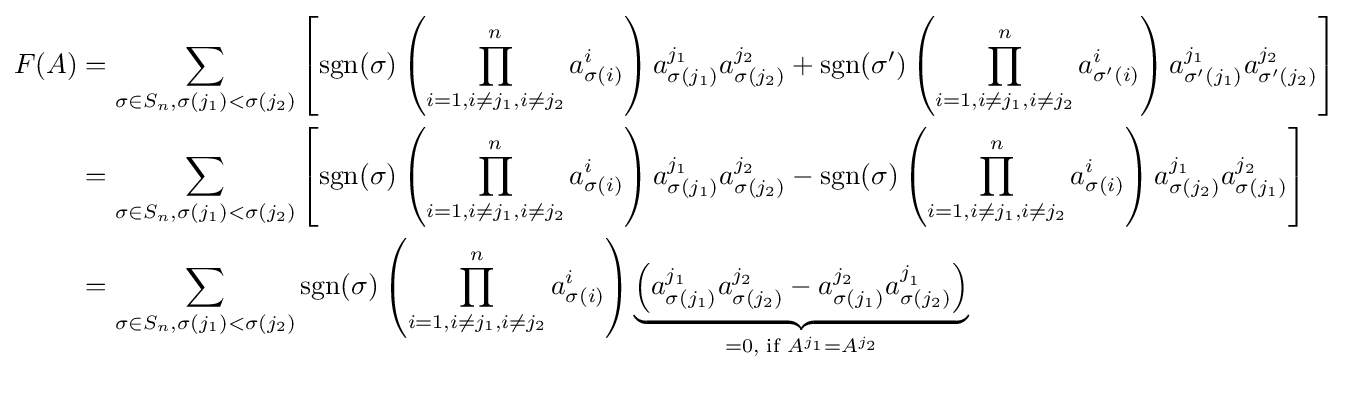
{\begin{aligned}F(A)&=\sum _{\sigma \in S_{n},\sigma (j_{1})<\sigma (j_{2})}\left[\operatorname {sgn} (\sigma )\left(\prod _{i=1,i\neq j_{1},i\neq j_{2}}^{n}a_{\sigma (i)}^{i}\right)a_{\sigma (j_{1})}^{j_{1}}a_{\sigma (j_{2})}^{j_{2}}+\operatorname {sgn} (\sigma ')\left(\prod _{i=1,i\neq j_{1},i\neq j_{2}}^{n}a_{\sigma '(i)}^{i}\right)a_{\sigma '(j_{1})}^{j_{1}}a_{\sigma '(j_{2})}^{j_{2}}\right]\\&=\sum _{\sigma \in S_{n},\sigma (j_{1})<\sigma (j_{2})}\left[\operatorname {sgn} (\sigma )\left(\prod _{i=1,i\neq j_{1},i\neq j_{2}}^{n}a_{\sigma (i)}^{i}\right)a_{\sigma (j_{1})}^{j_{1}}a_{\sigma (j_{2})}^{j_{2}}-\operatorname {sgn} (\sigma )\left(\prod _{i=1,i\neq j_{1},i\neq j_{2}}^{n}a_{\sigma (i)}^{i}\right)a_{\sigma (j_{2})}^{j_{1}}a_{\sigma (j_{1})}^{j_{2}}\right]\\&=\sum _{\sigma \in S_{n},\sigma (j_{1})<\sigma (j_{2})}\operatorname {sgn} (\sigma )\left(\prod _{i=1,i\neq j_{1},i\neq j_{2}}^{n}a_{\sigma (i)}^{i}\right)\underbrace {\left(a_{\sigma (j_{1})}^{j_{1}}a_{\sigma (j_{2})}^{j_{2}}-a_{\sigma (j_{1})}^{j_{2}}a_{\sigma (j_{2})}^{j_{_{1}}}\right)} _{=0{\text{, if }}A^{j_{1}}=A^{j_{2}}}\\\\\end{aligned}}